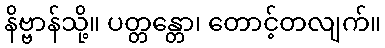
နိဗ္ဗာန်သို့။ ပတ္တန္တော၊ တောင့်တလျက်။